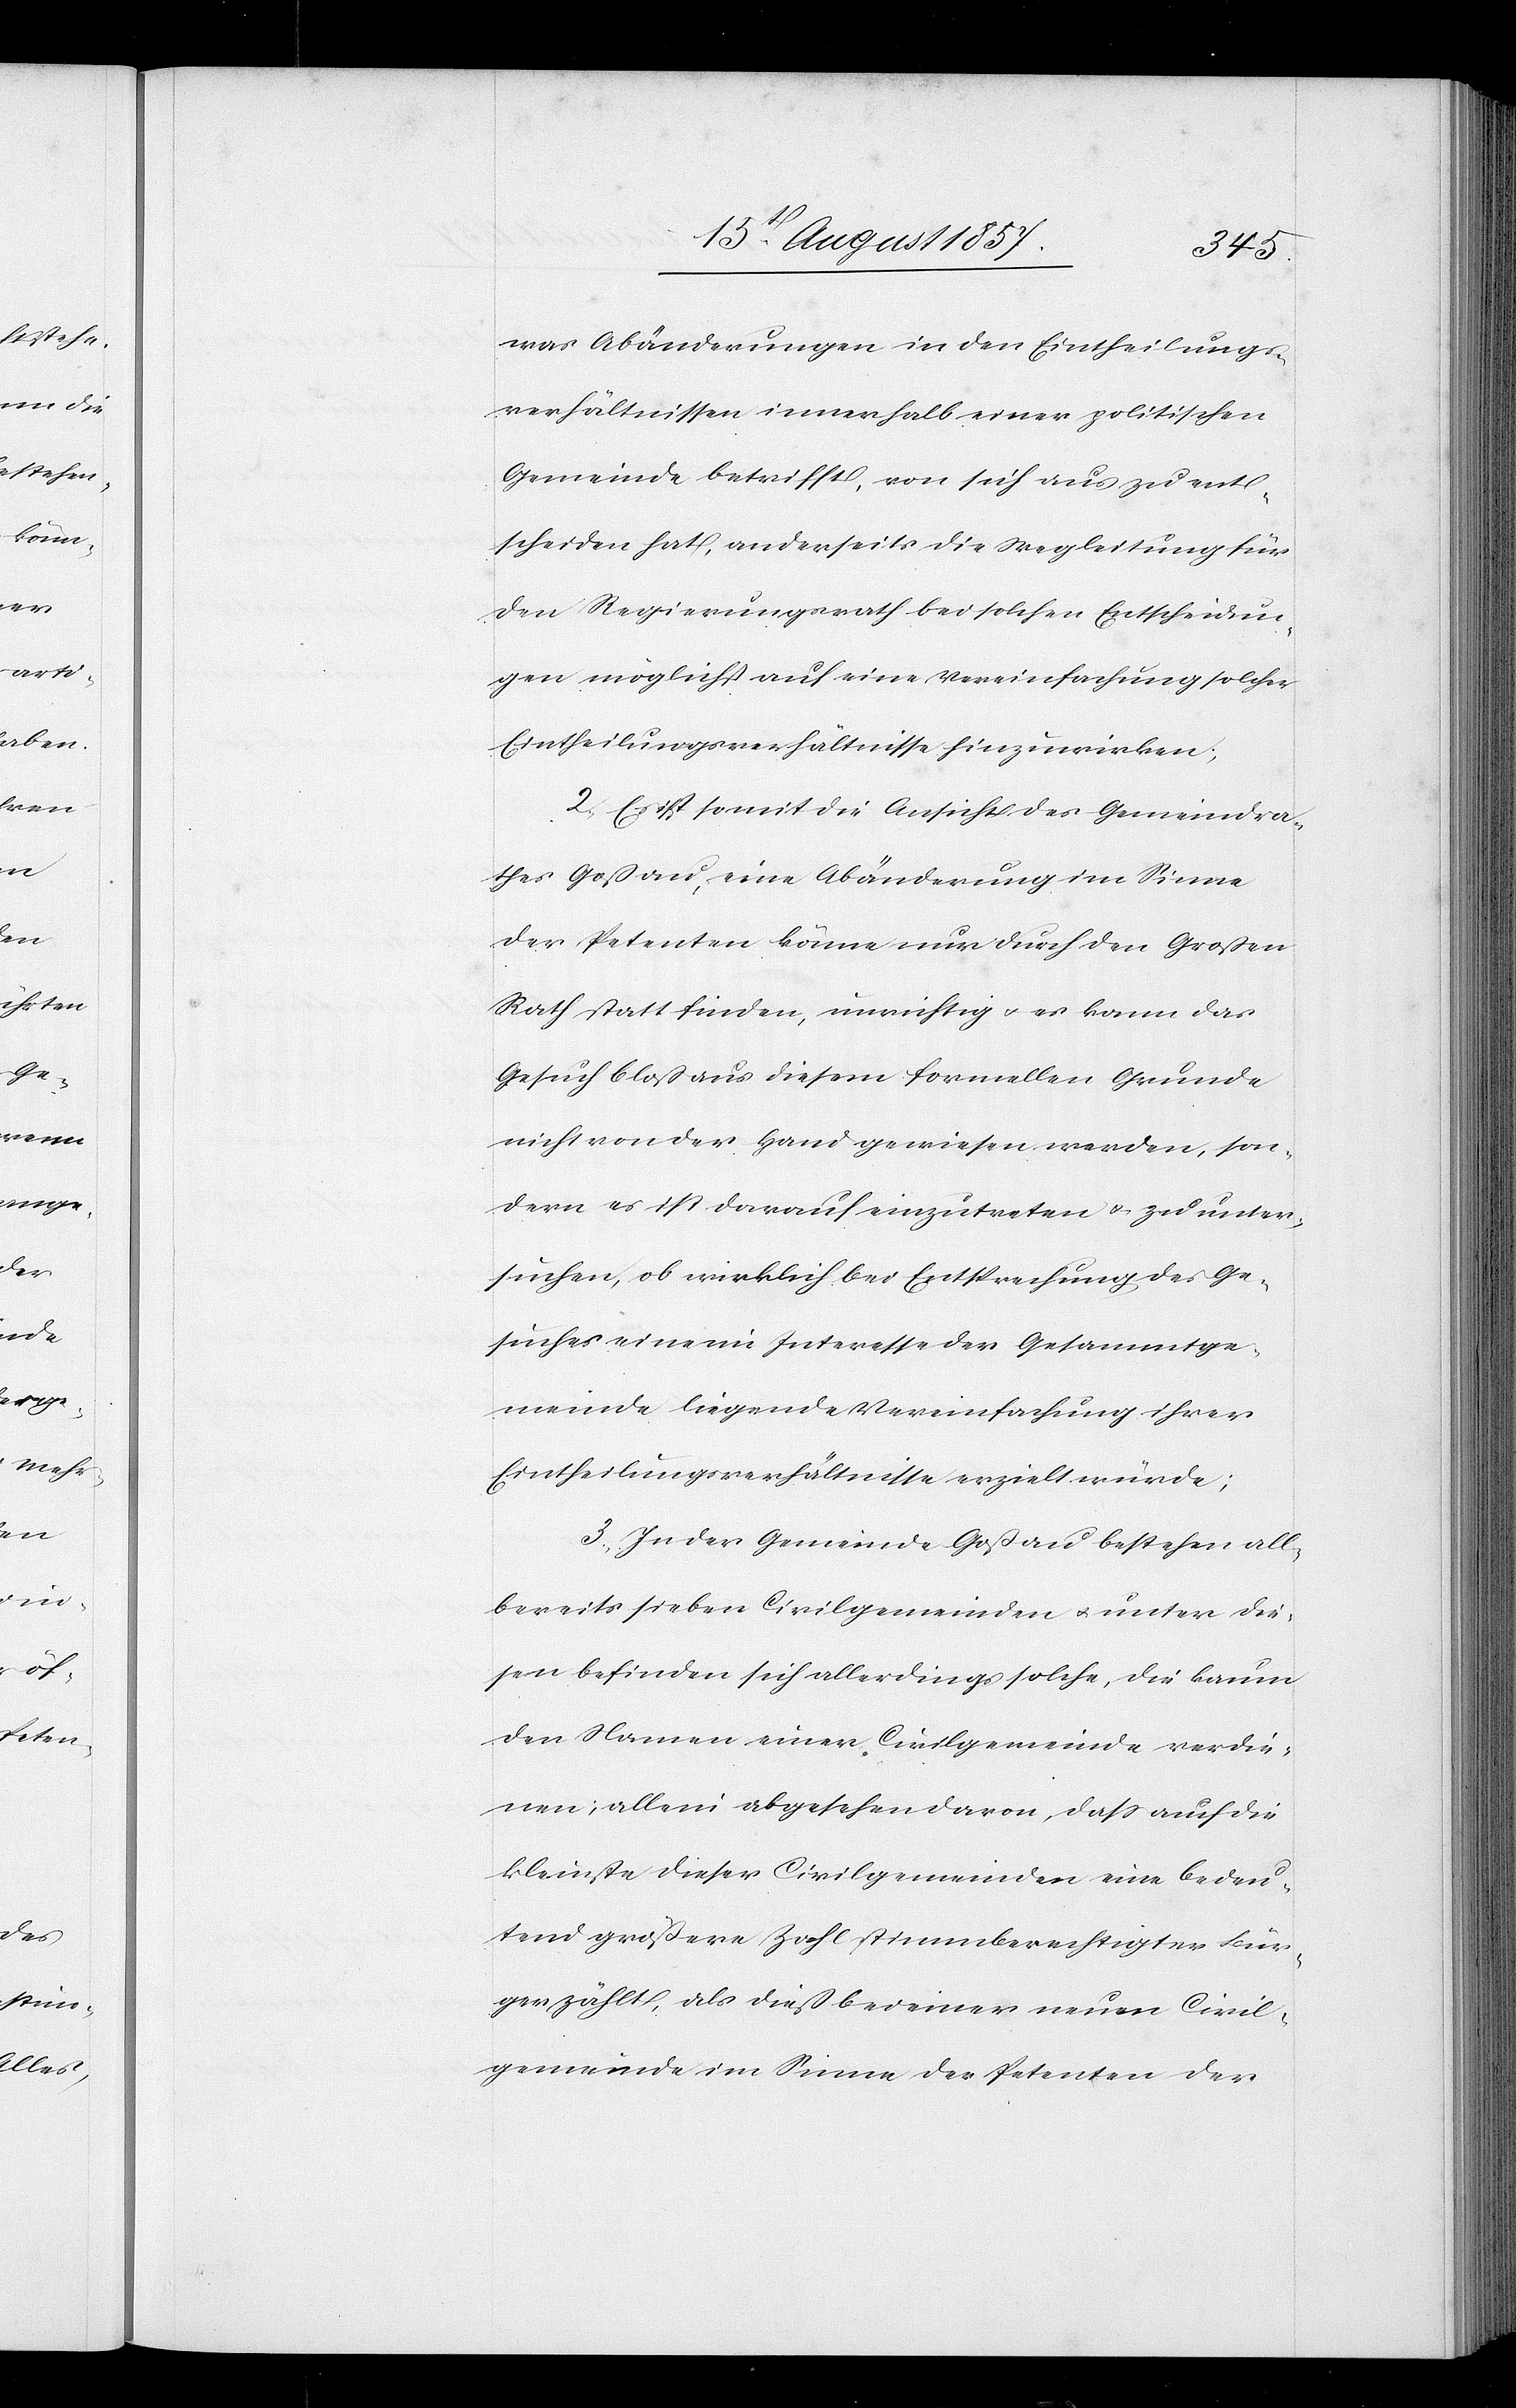
was Abänderungen in den Eintheilungs¬
verhältnissen innerhalb einer politischen
Gemeinde betrifft, von sich aus zu ent¬
scheiden hat, anderseits die Wegleitung für
den Regierungsrath bei solchen Entscheidun¬
gen möglichst auf eine Vereinfachung solcher
Eintheilungsverhältnisse hinzuwirken;
2, Es ist somit die Ansicht des Gemeindra¬
thes Goßau, eine Abänderung im Sinne
der Petenten könne nur durch den Großen
Rath statt finden, unrichtig & es kann das
Gesuch bloß aus diesem formellen Grunde
nicht von der Hand gewiesen werden, son¬
dern es ist darauf einzutreten & zu unter¬
suchen, ob wirklich bei Entsprechung des Ge¬
suches eine im Interesse der Gesammtge¬
meinde liegende Vereinfachung ihrer
Eintheilungsverhältnisse erzielt würde;
3, In der Gemeinde Goßau bestehen all¬
bereits sieben Civilgemeinden & unter die¬
sen befinden sich allerdings solche, die kaum
den Namen einer Civilgemeinde verdie¬
nen; allein abgesehen davon, daß auch die
kleinste dieser Civilgemeinden eine bedeu¬
tend größere Zahl stimmberechtigter Bür¬
ger zählt, als dieß bei einer neuen Civil¬
gemeinde im Sinne des Petenten der